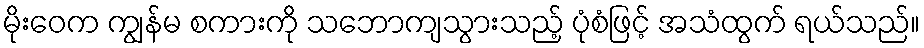
မိုးဝေက ကျွန်မ စကားကို သဘောကျသွားသည့် ပုံစံဖြင့် အသံထွက် ရယ်သည်။